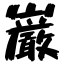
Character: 巌